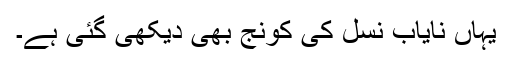
یہاں نایاب نسل کی کونج بھی دیکھی گئی ہے۔